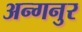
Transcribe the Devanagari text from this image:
अन्गनुर